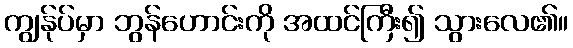
ကျွန်ုပ်မှာ ဘွန်ဟောင်းကို အထင်ကြီး၍ သွားလေ၏။